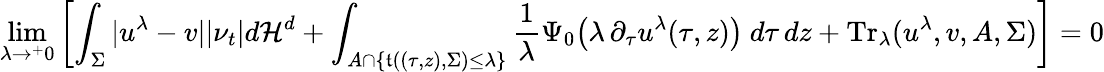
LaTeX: \operatorname*{lim}_{\lambda\to^{+}0}\left[\int_{\Sigma}|u^{\lambda}-v||\nu_{t}|d\mathcal{H}^{d}+\int_{A\cap\{ \mathfrak{t}((\tau,z),\Sigma)\leq\lambda\} }\frac{1}{\lambda}\Psi_{0}\big(\lambda\, \partial_{\tau}u^{\lambda}(\tau,z)\big)\ d\tau\, dz+\textup{Tr}_{\lambda}(u^{\lambda},v,A,\Sigma)\right]=0